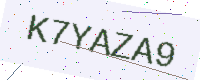
Text: K7YAZA9